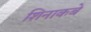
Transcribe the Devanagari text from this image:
शिनाकबे